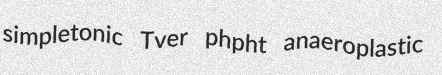
simpletonic Tver phpht anaeroplastic